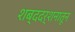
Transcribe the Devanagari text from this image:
शब्ददर्शनातून